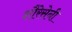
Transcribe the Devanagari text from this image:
शौरेसेनी